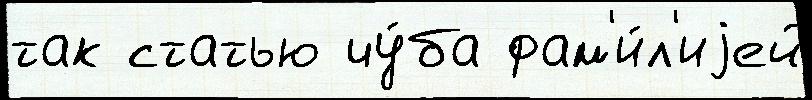
так статью чу́ба фам'и́л'иjей